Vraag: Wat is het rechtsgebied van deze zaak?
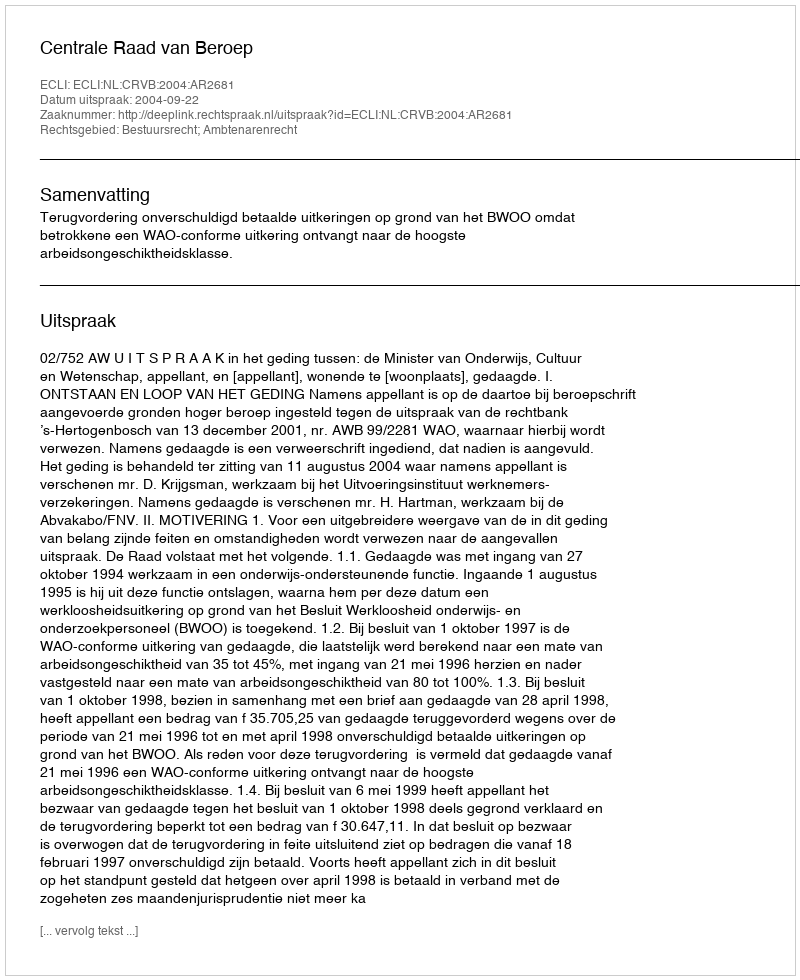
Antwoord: Bestuursrecht; Ambtenarenrecht